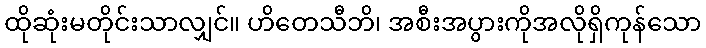
ထိုဆုံးမတိုင်းသာလျှင်။ ဟိတေသီဘိ၊ အစီးအပွားကိုအလိုရှိကုန်သော